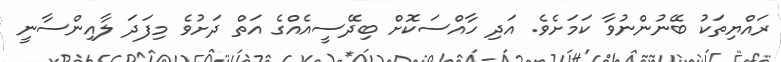
ރައްޔިތަކު ބޭނުންނުވާ ކަމަށެވެ. އަދި ހާއްސަކޮށް ބިދޭސީއެއްގެ އަތް ދަށުވެ މިފަދަ ލާއިންސާނީ